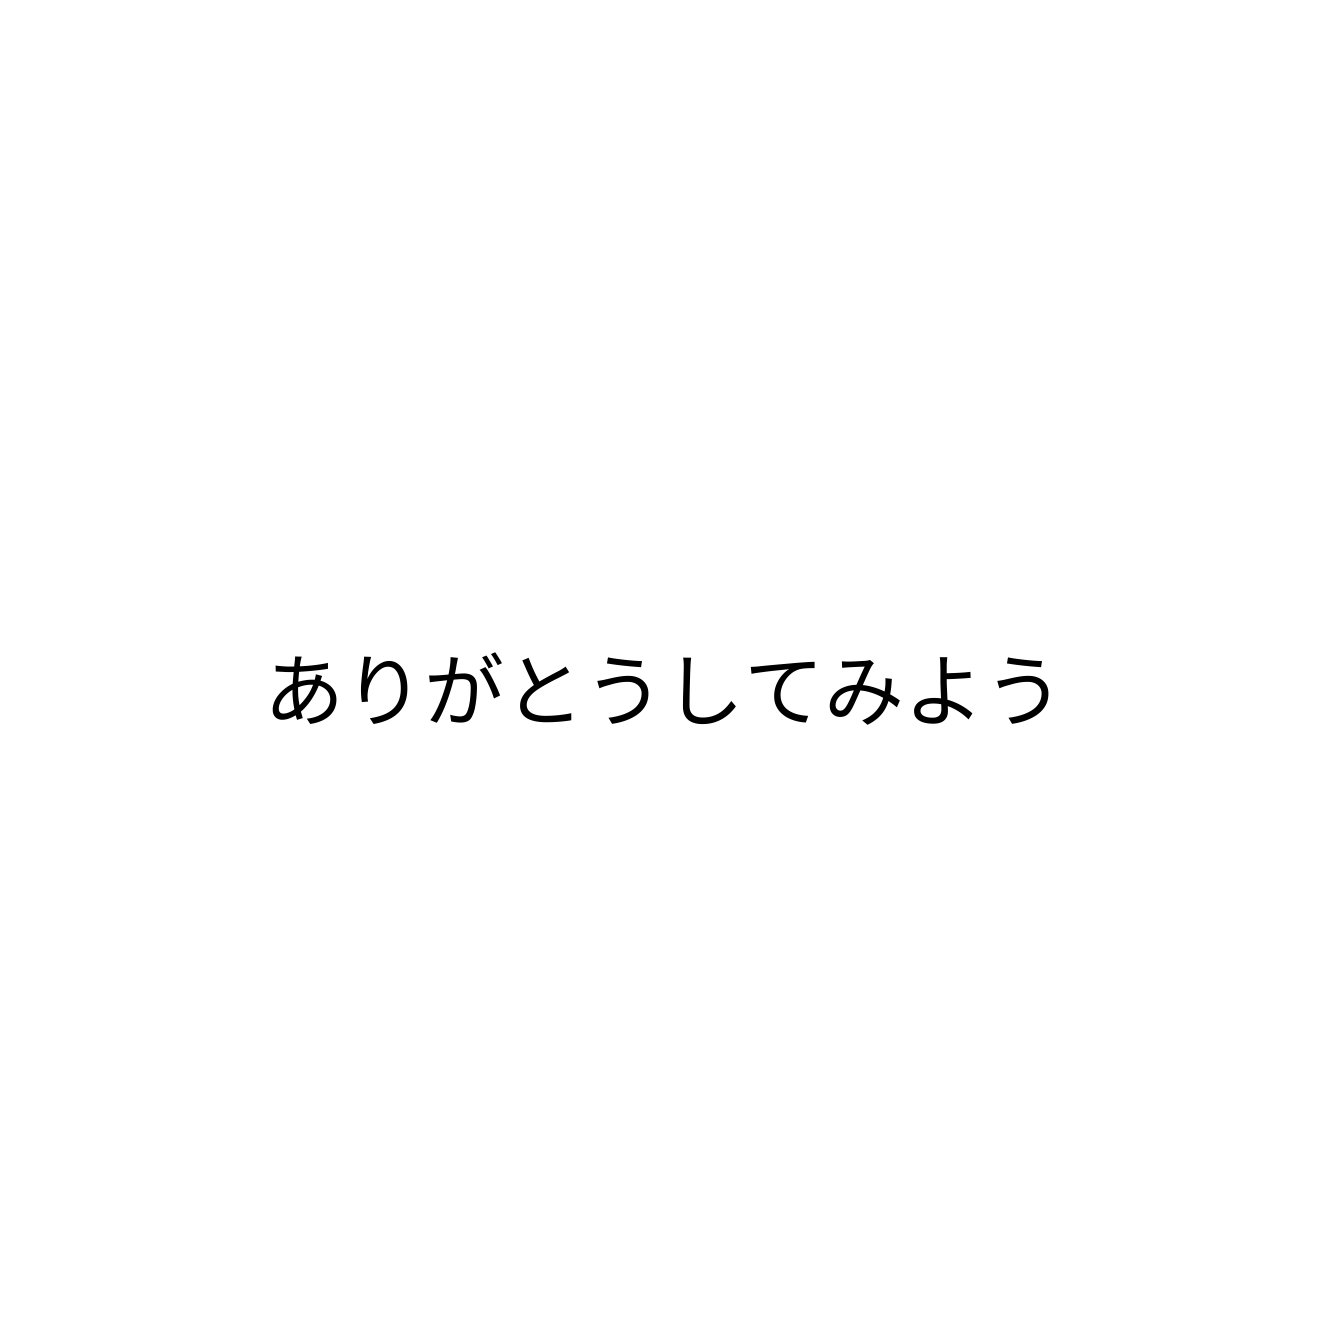
ありがとうしてみよう